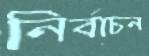
নির্বাচন